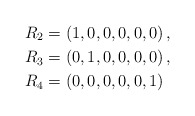
\begin{align*}&R_2=(1, 0, 0, 0 , 0 , 0)\,,\\&R_3=(0, 1, 0, 0, 0, 0)\,,\\&R_4=(0, 0, 0, 0, 0, 1)\end{align*}